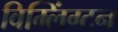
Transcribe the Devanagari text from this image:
विम्लिंग्टन